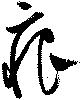
痕